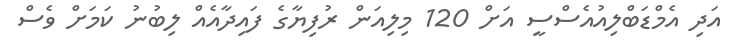
އަދި އެމްޑަބްލިއުއެސްސީ އަށް 120 މިލިއަން ރުފިޔާގެ ފައިދާއެއް ލިބުނު ކަމަށް ވެސް